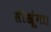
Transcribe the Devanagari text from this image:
सीखूंगा।